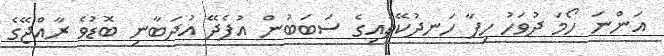
އަންނަ ހޯމަ ދުވަހު ހިފާ ހަނދުކޭތައިގެ ސަބަބުން އުފެދޭ އުދަބާނި ބޮޑުވެ ރާއްޖޭގެ